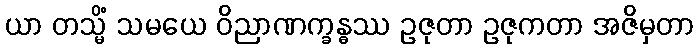
ယာ တသ္မိံ သမယေ ဝိညာဏက္ခန္ဓဿ ဥဇုတာ ဥဇုကတာ အဇိမှတာ